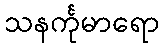
သနင်္ကုမာရော